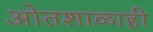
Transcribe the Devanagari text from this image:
ओतशाळाही